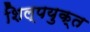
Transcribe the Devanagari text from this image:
शिल्पयुक्त